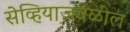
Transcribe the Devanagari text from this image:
सेव्हियाजवळील